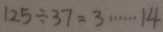
1 2 5 \div 3 7 = 3 \cdots 1 4